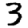
Digit: 3